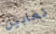
ثعابين